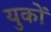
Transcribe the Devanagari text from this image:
युकों